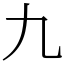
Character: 九